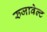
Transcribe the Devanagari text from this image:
रुजावेल्ट